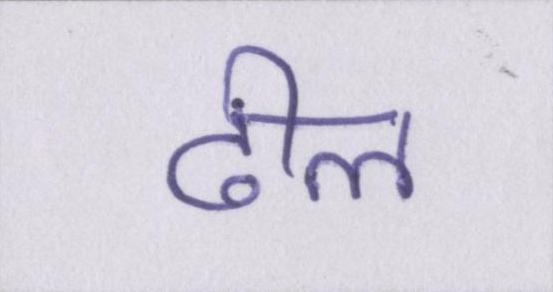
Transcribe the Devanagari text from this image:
ढील